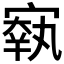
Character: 𡪐